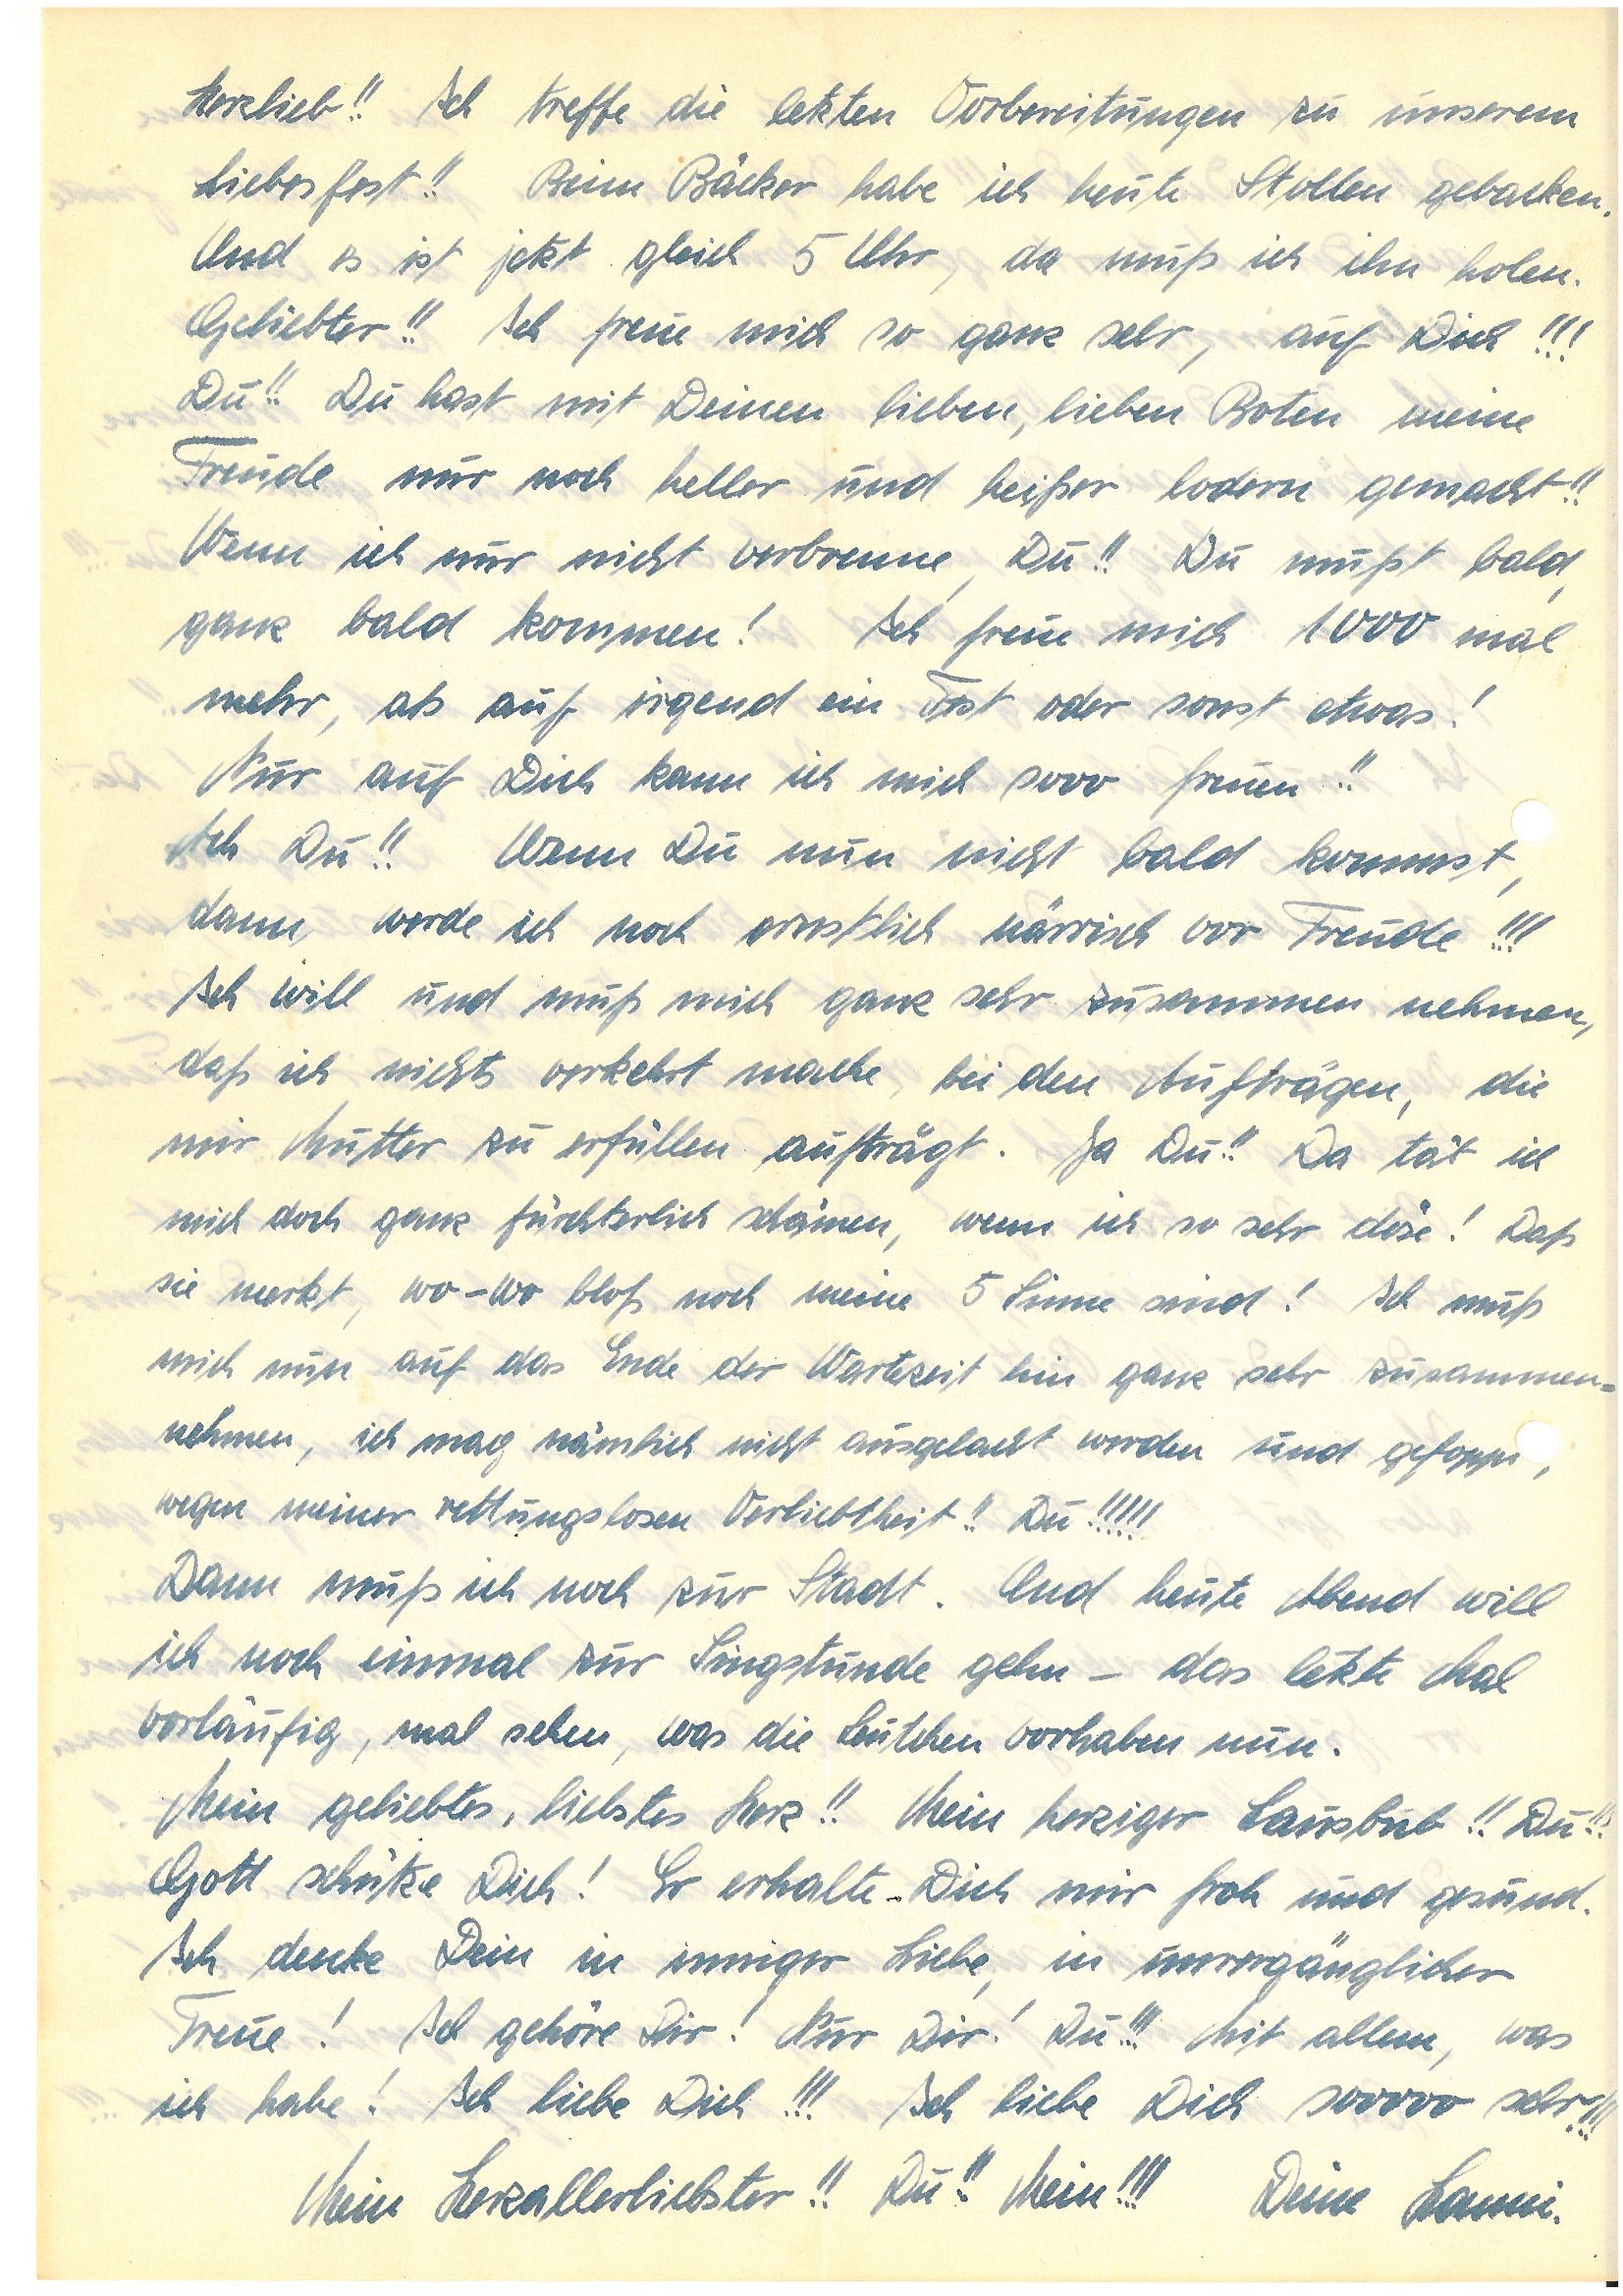
Herzlieb!! Ich treffe die letzten Vorbereitungen zu unserem
Liebesfest!! Beim Bäcker habe ich heute Stollen gebacken.
Und es ist jetzt gleich 5 Uhr, da muß ich ihn holen.
Geliebter!! Ich freue mich so ganz sehr, auf Dich!!!
Du!! Du hast mit Deinen lieben, lieben Boten meine
Freude nur noch heller und heißer lodern gemacht!!
Wenn ich nur nicht verbrenne, Du!! Du mußt bald,
ganz bald kommen! Ich freue mich 1000 mal
mehr, als auf irgend ein Fest oder sonst etwas!
Nur auf Dich kann ich mich sooo freuen!!
Ach Du!! Wenn Du nun nicht bald kommst,
dann werde ich noch ernstlich närrisch vor Freude!!!
Ich will und muß mich ganz sehr zusammen nehmen,
daß ich nichts verkehrt mache, bei den Aufträgen, die
mir Mutter zu erfüllen aufträgt. Ja Du!! Da tät ich
mich doch ganz fürchterlich schämen, wenn ich so sehr döse! Daß
sie merkt, wo – wo bloß noch meine 5 Sinne sind! Ich muß
mich nun auf das Ende der Wartezeit hin ganz sehr zusammen¬
nehmen, ich mag nämlich nicht ausgelacht werden und gefopp,
wegen meiner rettungslosen Verliebtheit!! Du!!!!!
Dann muß ich noch zur Stadt. Und heute Abend will
ich noch einmal zur Singstunde gehn – das letzte Mal
vorlaufig, mal sehen, was die Leutchen vorhaben nun.
Mein geliebtes, liebstes Herz!! Mein herziger Lausbub!! Du!!!
Gott schütze Dich! Er erhalte Dich mir froh und gesund.
Ich denke Dein in inniger Liebe, in unvergänglicher
Treue! Ich gehöre Dir! Nur Dir! Du!!! Mit allem, was
ich habe! Ich liebe Dich!!! Ich liebe Dich sooooo sehr!!!
Mein Herzallerliebster!! Du!! Mein!!